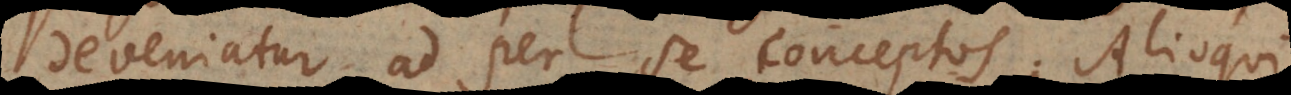
deveniatur ad per se conceptos. Alioqui